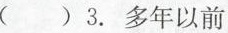
( ) 3.多年以前